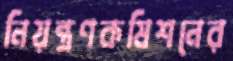
নিয়ন্ত্রণকমিশনের